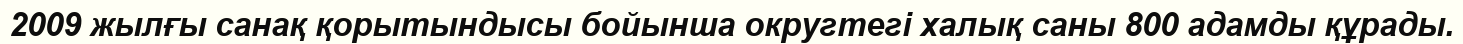
2009 жылғы санақ қорытындысы бойынша округтегі халық саны 800 адамды құрады.